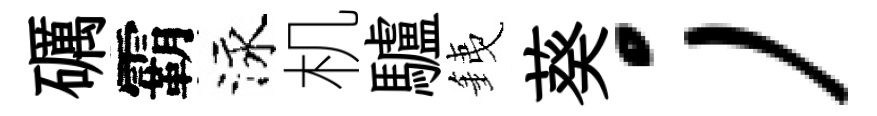
礪霸泳机驢銕葵；